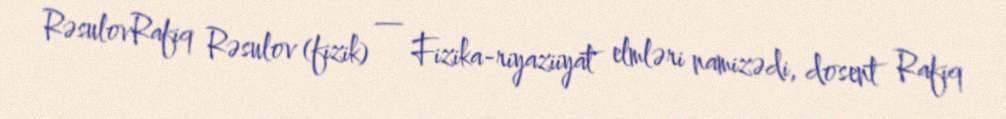
RəsulovRafiq Rəsulov (fizik) — Fizika-riyaziiyat elmləri namizədi, dosent Rafiq